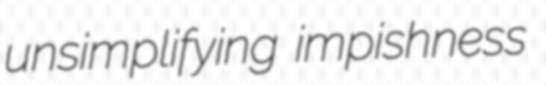
unsimplifying impishness